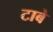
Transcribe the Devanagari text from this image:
टाबे